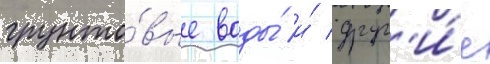
грунто́вые воды́ и́ друг'и́е